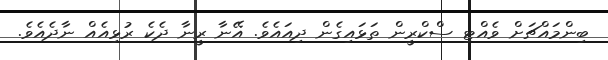
ބިންމައްޗަށް ވެއްޓި ސްކްރީން ތަޅައިގެން ދިއައެވެ. އޭނާ ރީނާ ދެކެ ރުޅިއެއް ނާދެއެވެ.